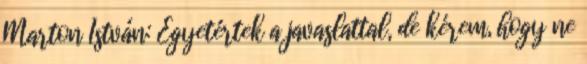
Marton István: Egyetértek a javaslattal, de kérem, hogy ne